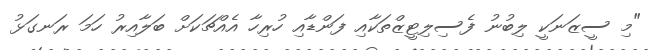
"މި ސީޒަނަކީ ލިބުނު ފެސިލިޓީޒްތަކާއި ފަންޑާއި ހުރިހާ އެއްޗަކަށް ބަލާއިރު ހަމަ ރަނގަޅު